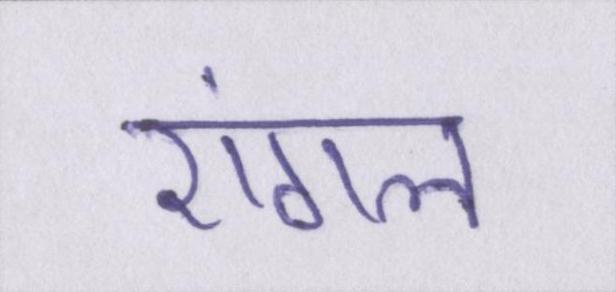
एंगल